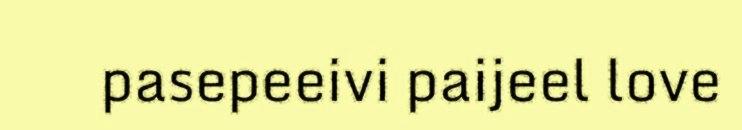
pasepeeivi paijeel love